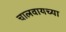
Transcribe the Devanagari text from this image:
चालवायच्या